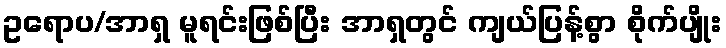
ဥရောပ/အာရှ မူရင်းဖြစ်ပြီး အာရှတွင် ကျယ်ပြန့်စွာ စိုက်ပျိုး